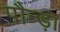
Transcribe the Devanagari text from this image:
पौन्ड़ा